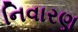
નિવારણ